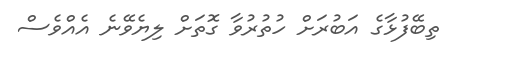
ތިބޭފުޅާގެ އަބުރަށް ހުތުރުވާ ގޮތަށް ލިޔެވޭނެ އެއްވެސް